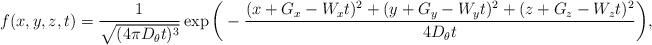
LaTeX: \begin{align*} f(x,y,z,t) = \dfrac{1}{\sqrt{(4 \pi D_\theta t)^3}} \exp \bigg( -\dfrac{(x + G_x - W_x t)^2 + (y + G_y - W_y t)^2 + (z + G_z - W_z t)^2 }{4 D_\theta t} \bigg), \end{align*}